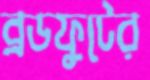
ব্রডফুটের